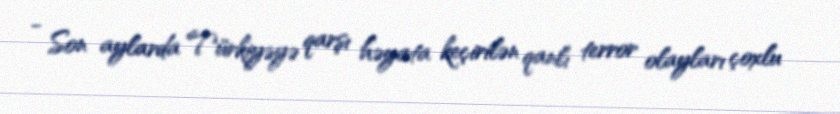
- Son aylarda Türkiyəyə qarşı həyata keçirilən qanlı terror olayları çoxlu